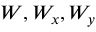
W , W _ { x } , W _ { y }